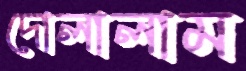
দোলালাম